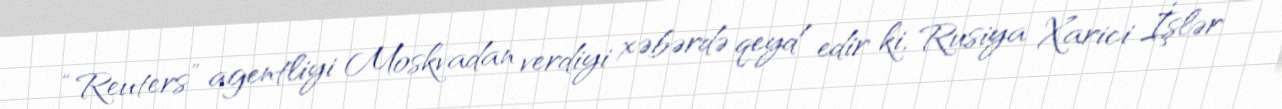
“Reuters” agentliyi Moskvadan verdiyi xəbərdə qeyd edir ki, Rusiya Xarici İşlər